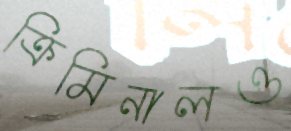
ক্রিমিনালও